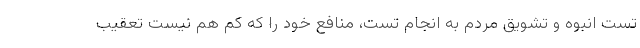
تست انبوه و تشویق مردم به انجام تست، منافع خود را که کم هم نیست تعقیب